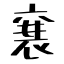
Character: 襄